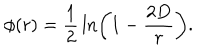
\phi ( r ) = { \frac { 1 } { 2 } } \ln \left( 1 - { \frac { 2 D } { r } } \right) .